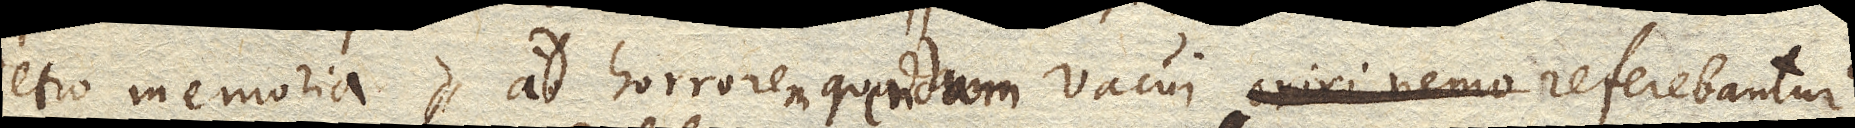
retro memoria, ad horrorem quendam vacui referebantur.